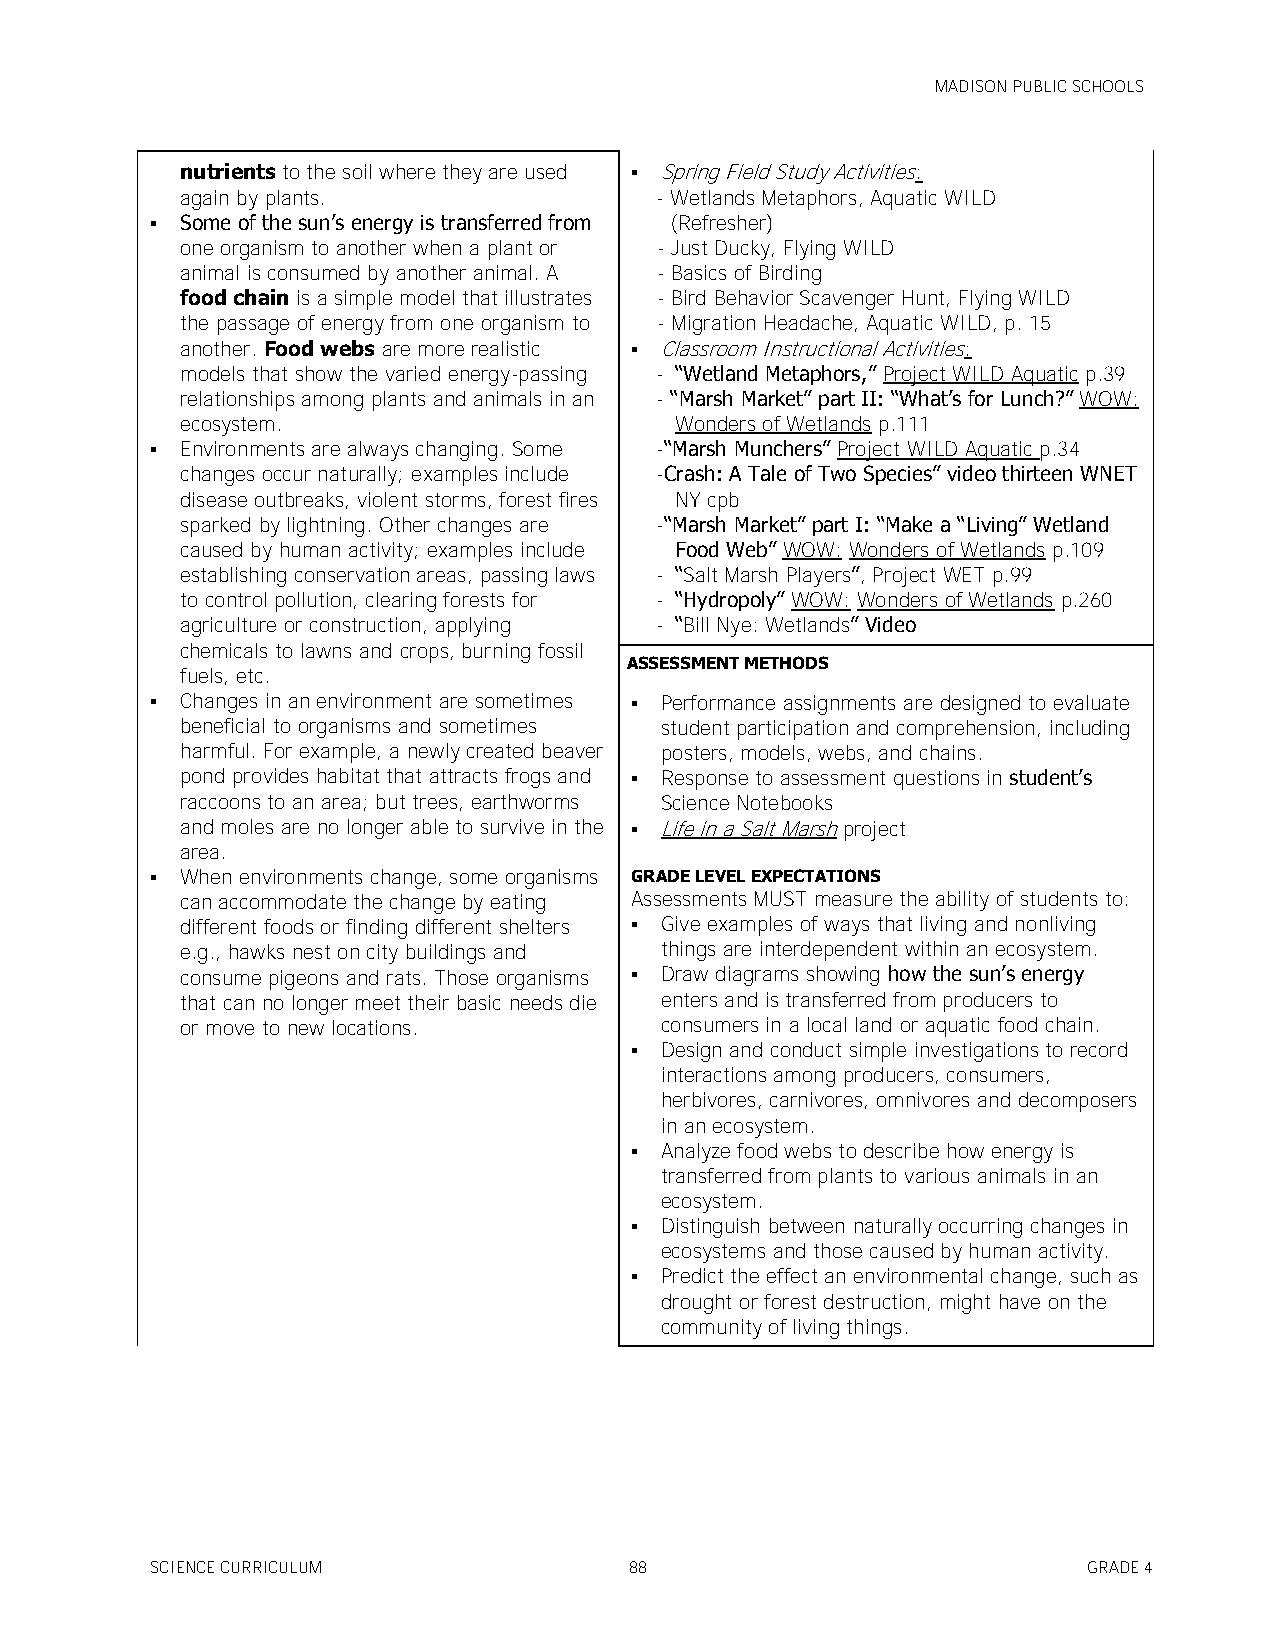
MADISON PUBLIC SCHOOLS
 nutrients to the soil where they are used  Spring Field Study Activities:
 again by plants.               - Wetlands Metaphors, Aquatic WILD
  Some of the sun’s energy is transferred from (Refresher)
 one organism to another when a plant or - Just Ducky, Flying WILD
 animal is consumed by another animal. A - Basics of Birding
 food chain is a simple model that illustrates - Bird Behavior Scavenger Hunt, Flying WILD
 the passage of energy from one organism to - Migration Headache, Aquatic WILD, p. 15
 another. Food webs are more realistic  Classroom Instructional Activities:
 models that show the varied energy-passing - ―Wetland Metaphors,‖ Project WILD Aquatic p.39
 relationships among plants and animals in an - ―Marsh Market‖ part II: ―What’s for Lunch?‖ WOW:
 ecosystem.                       Wonders of Wetlands p.111
  Environments are always changing. Some -―Marsh Munchers‖ Project WILD Aquatic p.34
 changes occur naturally; examples include -Crash: A Tale of Two Species‖ video thirteen WNET
 disease outbreaks, violent storms, forest fires NY cpb
 sparked by lightning. Other changes are -―Marsh Market‖ part I: ―Make a ―Living‖ Wetland
 caused by human activity; examples include Food Web‖ WOW: Wonders of Wetlands p.109
 establishing conservation areas, passing laws - ―Salt Marsh Players‖, Project WET p.99
 to control pollution, clearing forests for - ―Hydropoly‖ WOW: Wonders of Wetlands p.260
 agriculture or construction, applying - ―Bill Nye: Wetlands‖ Video
 chemicals to lawns and crops, burning fossil
 ASSESSMENT METHODS
 fuels, etc.
  Changes in an environment are sometimes  Performance assignments are designed to evaluate
 beneficial to organisms and sometimes student participation and comprehension, including
 harmful. For example, a newly created beaver posters, models, webs, and chains.
 pond provides habitat that attracts frogs and  Response to assessment questions in student’s
 raccoons to an area; but trees, earthworms Science Notebooks
 and moles are no longer able to survive in the  Life in a Salt Marsh project
 area.
  When environments change, some organisms GRADE LEVEL EXPECTATIONS
 can accommodate the change by eating Assessments MUST measure the ability of students to:
 different foods or finding different shelters  Give examples of ways that living and nonliving
 e.g., hawks nest on city buildings and things are interdependent within an ecosystem.
 consume pigeons and rats. Those organisms  Draw diagrams showing how the sun’s energy
 that can no longer meet their basic needs die enters and is transferred from producers to
 or move to new locations.       consumers in a local land or aquatic food chain.
  Design and conduct simple investigations to record
 interactions among producers, consumers,
 herbivores, carnivores, omnivores and decomposers
 in an ecosystem.
  Analyze food webs to describe how energy is
 transferred from plants to various animals in an
 ecosystem.
  Distinguish between naturally occurring changes in
 ecosystems and those caused by human activity.
  Predict the effect an environmental change, such as
 drought or forest destruction, might have on the
 community of living things.
 SCIENCE CURRICULUM              88                            GRADE 4